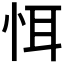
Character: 𢙘